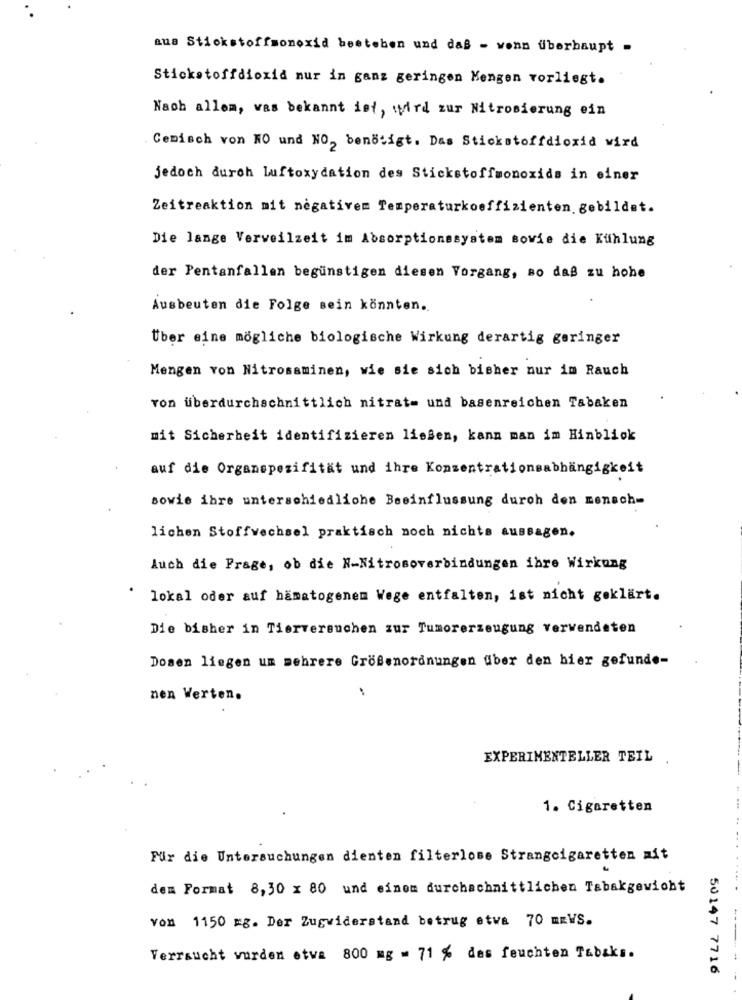
aus Stickstoffmonoxid beeteben und daß - wenn überhaupt -
Stickstoffdioxid nur in ganz geringen Mengen vorliegt.
Nach allem, was bekannt ist, wird zur Nitrosierung ein
Gemisch von NO und NO, benötigt. Das Stickstoffdioxid wird
jedoch durch luftoxydation des Stickstoffmonoxids in einer
Zeitreaktion mit negativem Temperaturkoeffizienten gebildet.
Die lange Verweilzeit im Absorptionssystem sowie die Kühlung
der Pentanfallen begünstigen diesen Vorgang, so daß zu hohe
Ausbeuten die Folge sein könnten.
Über eine mögliche biologische Wirkung derartig geringer
Mengen von Nitrosaminen, wie sie sich bisher nur im Rauch
von überdurchschnittlich nitrat= und basenreichen Tabaken
mit Sicherheit identifizieren ließen, kann man im Hinblick
auf die Organspezifität und ihre Konzentrationsabhängigkeit
sowie ihre unterschiedliche Beeinflussung durch den mensch-
lichen Stoffwechsel praktisch noch nichts aussagen.
Auch die Frage, ob die N-Nitrosoverbindungen ihre Wirkung
lokal oder auf hamatogenem Wege entfalten, ist nicht geklärt.
Die bisher in Tierversuchen zur Tumorerzeugung verwendeten
Dosen liegen um mehrere Größenordnungen über den hier gefunde-
nen Werten.
EXPERIMENTELLER TEIL
1. Cigaretten
Für die Untersuchungen dienten filterlose Strangcigaretten ait
dem Format 8,30 x 80 und einem durchschnittlichen Tabakgewicht
von 1150 mg. Der Zugwiderstand betrug etva 70 mRV'S.
---
Verraucht wurden etwa 800 mg = 71 % des feuchten Tabaks.
50147 7716